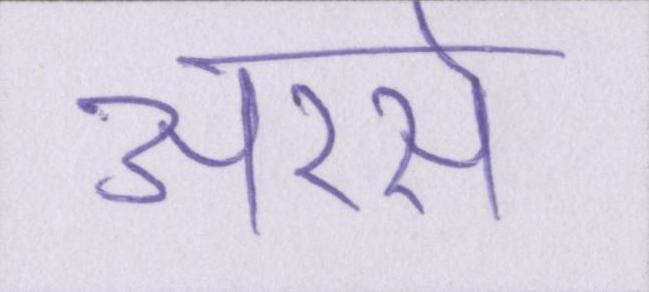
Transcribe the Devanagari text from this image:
अरसे